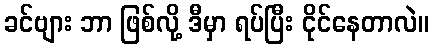
ခင်ဗျား ဘာ ဖြစ်လို့ ဒီမှာ ရပ်ပြီး ငိုင်နေတာလဲ။